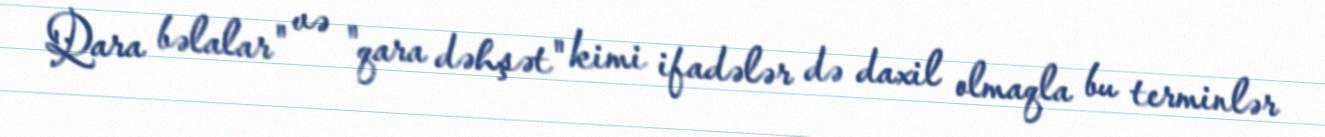
Qara bəlalar" və "qara dəhşət" kimi ifadələr də daxil olmaqla bu terminlər